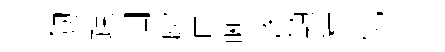
劒疎润廓苗晰烽顚積伉